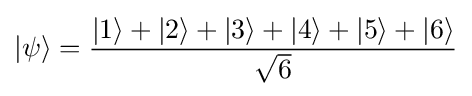
|\psi \rangle ={\frac {|1\rangle +|2\rangle +|3\rangle +|4\rangle +|5\rangle +|6\rangle }{\sqrt {6}}}